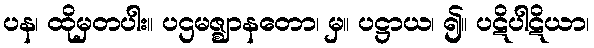
ပန၊ ထိုမှတပါး။ ပဌမဇ္ဈာနတော၊ မှ။ ပဋ္ဌာယ၊ ၍။ ပဋိပါဋိယာ၊